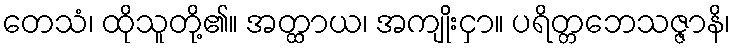
တေသံ၊ ထိုသူတို့၏။ အတ္ထာယ၊ အကျိုးငှာ။ ပရိတ္တဘေသဇ္ဇာနိ၊